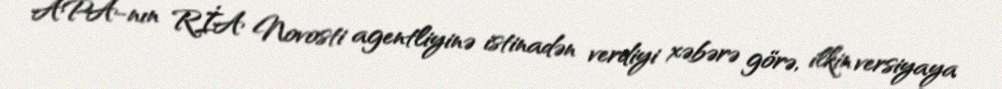
APA-nın RİA Novosti agentliyinə istinadən verdiyi xəbərə görə, ilkin versiyaya